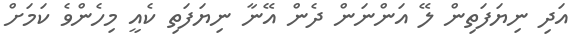
އަދި ނިޔަފަތިން ލޭ އަންނަން ދެން އޭނާ ނިޔަފަތި ކެއީ މިހެންވެ ކަމަށް